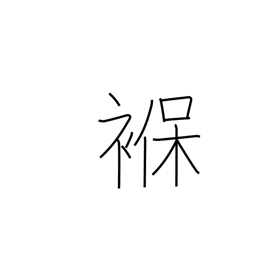
Meaning: diaper